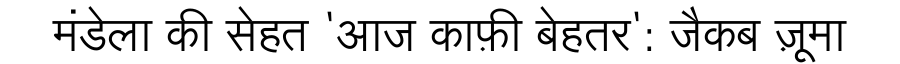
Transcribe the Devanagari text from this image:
मंडेला की सेहत 'आज काफ़ी बेहतर': जैकब ज़ूमा